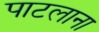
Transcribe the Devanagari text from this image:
पाटलाना